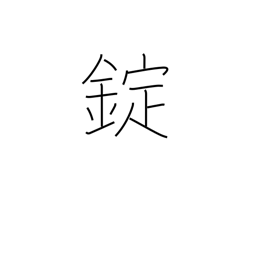
Meaning: shackles